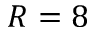
R = 8